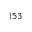
^ { 1 5 3 }